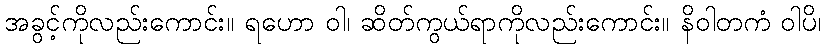
အခွင့်ကိုလည်းကောင်း။ ရဟော ဝါ၊ ဆိတ်ကွယ်ရာကိုလည်းကောင်း။ နိဝါတကံ ဝါပိ၊